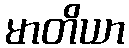
မာတိယာ